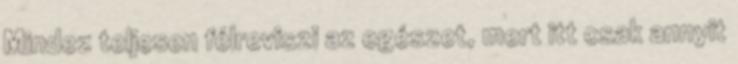
Mindez teljesen félreviszi az egészet, mert itt csak annyit